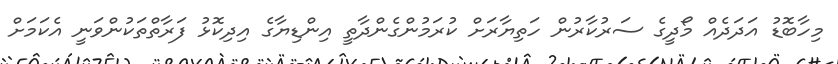
މިހާބޮޑު އަދަދެއް މޯދީގެ ސަރުކާރުން ހަތިޔާރަށް ކުރަމުންގެންދާތީ އިންޑިޔާގެ އިދިކޮޅު ފަރާތްތަކުންވަނީ އެކަމަށް